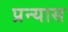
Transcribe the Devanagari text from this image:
प्रन्‍यास